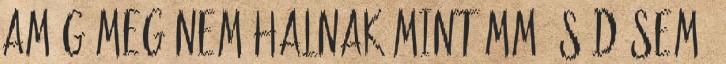
amíg meg nem halnak mint MM és D sem.